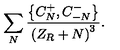
\sum _ { N } { \frac { \left\{ C _ { N } ^ { + } , C _ { - N } ^ { - } \right\} } { \left( Z _ { R } + N \right) ^ { 3 } } } .